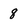
Character: 8